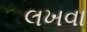
લખવા